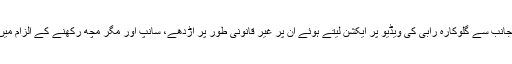
تاہم دو روز قبل پاکستان محکمہ وائلڈ لائف کی جانب سے گلوکارہ رابی کی ویڈیو پر ایکشن لیتے ہوئے ان پر غیر قانونی طور پر اڑدھے، سانپ اور مگر مچھ رکھنے کے الزام میں کارروائی کرتے ہوئے چالان درج کیا گیاہے۔